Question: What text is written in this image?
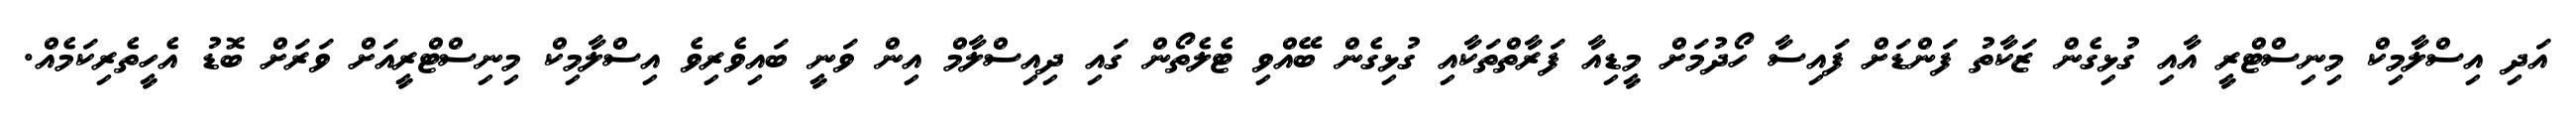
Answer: އަދި އިސްލާމިކް މިނިސްޓްރީ އާއި ގުޅިގެން ޒަކާތު ފަންޑަށް ފައިސާ ހޯދުމަށް މީޑިއާ ފަރާތްތަކާއި ގުޅިގެން ބޭއްވި ޓެލެތޯން ގައި ދިއިސްލާމް އިން ވަނީ ބައިވެރިވެ އިސްލާމިކް މިނިސްޓްރީއަށް ވަރަށް ބޮޑު އެހީތެރިކަމެއް.